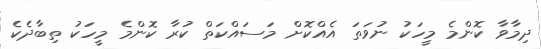
ދިމާވާ ކޮންމެ މީހަކު ނުވަތަ އެއްކޮށް މަސައްކަތް ކުރާ ކޮންމެ މީހަކު ތިބާދެކެ